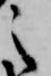
之